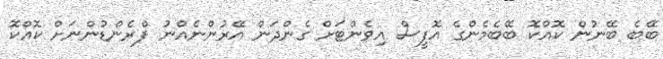
ބޭބެ ބޭނުން ކޮއްކޮ ބޭބެމެންގެ އޮފީސް އިވެންޓަށް ގެންދަން އޭރުންނެއްނު ފްރެންޑުންނަށް ކޮއްކޮ